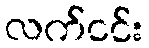
လက်ငင်း